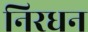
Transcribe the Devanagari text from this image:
निरधन